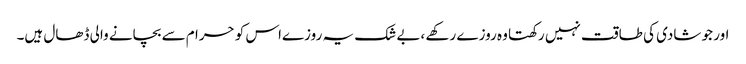
اور جو شادی کی طاقت نہیں رکھتا وہ روزے رکھے ،بے شک یہ روزےاس کو حرا م سے بچانے والی ڈھال ہیں۔